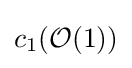
c_{1}({\mathcal {O}}(1))